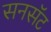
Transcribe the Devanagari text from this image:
सनसॅट